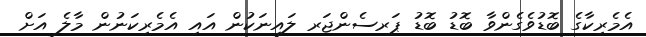
އެމެރިކާގެ ބޮޑުވެގެންވާ ބޮޑު ބޮޑު ޕަރސެންޖަރ ލައިނަކުން އައި އެމެރިކަނުން މާލެ އަށް